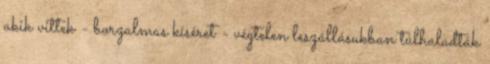
akik vittek - borzalmas kíséret - végtelen leszállásukban túlhaladták